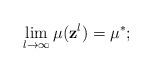
LaTeX: \begin{align*} \lim \limits_{l\rightarrow \infty} \mu (\mathbf{z}^{l})=\mu^{*};\end{align*}